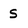
Character: S